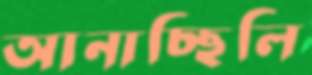
আনাচ্ছিলি